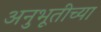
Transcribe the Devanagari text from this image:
अनुभूतीच्या